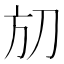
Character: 𣃗